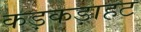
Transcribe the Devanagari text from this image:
कड़कड़ाहट